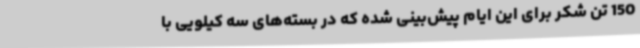
150 تن شکر برای این ایام پیش‌بینی شده که در بسته‌های سه کیلویی با